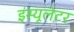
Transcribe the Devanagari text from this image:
इंस्यूलेटर